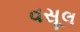
વસૂલ